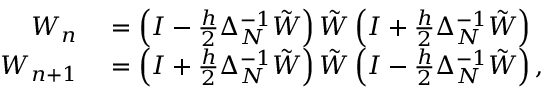
\begin{array} { r l } { W _ { n } } & { { } = \left( I - \frac { h } { 2 } \Delta _ { N } ^ { - 1 } \tilde { W } \right) \tilde { W } \left( I + \frac { h } { 2 } \Delta _ { N } ^ { - 1 } \tilde { W } \right) } \\ { W _ { n + 1 } } & { { } = \left( I + \frac { h } { 2 } \Delta _ { N } ^ { - 1 } \tilde { W } \right) \tilde { W } \left( I - \frac { h } { 2 } \Delta _ { N } ^ { - 1 } \tilde { W } \right) , } \end{array}